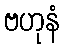
ဗဟုနံ